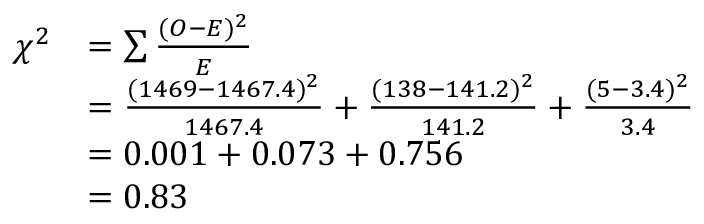
{ \begin{array} { r l } { \chi ^ { 2 } } & { = \sum { \frac { ( O - E ) ^ { 2 } } { E } } } \\ & { = { \frac { ( 1 4 6 9 - 1 4 6 7 . 4 ) ^ { 2 } } { 1 4 6 7 . 4 } } + { \frac { ( 1 3 8 - 1 4 1 . 2 ) ^ { 2 } } { 1 4 1 . 2 } } + { \frac { ( 5 - 3 . 4 ) ^ { 2 } } { 3 . 4 } } } \\ & { = 0 . 0 0 1 + 0 . 0 7 3 + 0 . 7 5 6 } \\ & { = 0 . 8 3 } \end{array} }